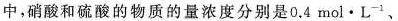
中，硝酸和硫酸的物质的量浓度分别是0.4mol·L^{-1}、